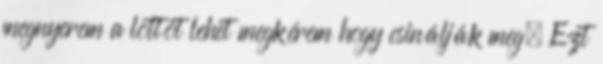
megnyerem a lottót lehet megkérem hogy csinálják meg. Ezt